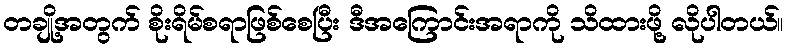
တချို့အတွက် စိုးရိမ်စရာဖြစ်စေပြီး ဒီအကြောင်းအရာကို သိထားဖို့ လိုပါတယ်။